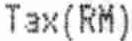
TAX(RM)